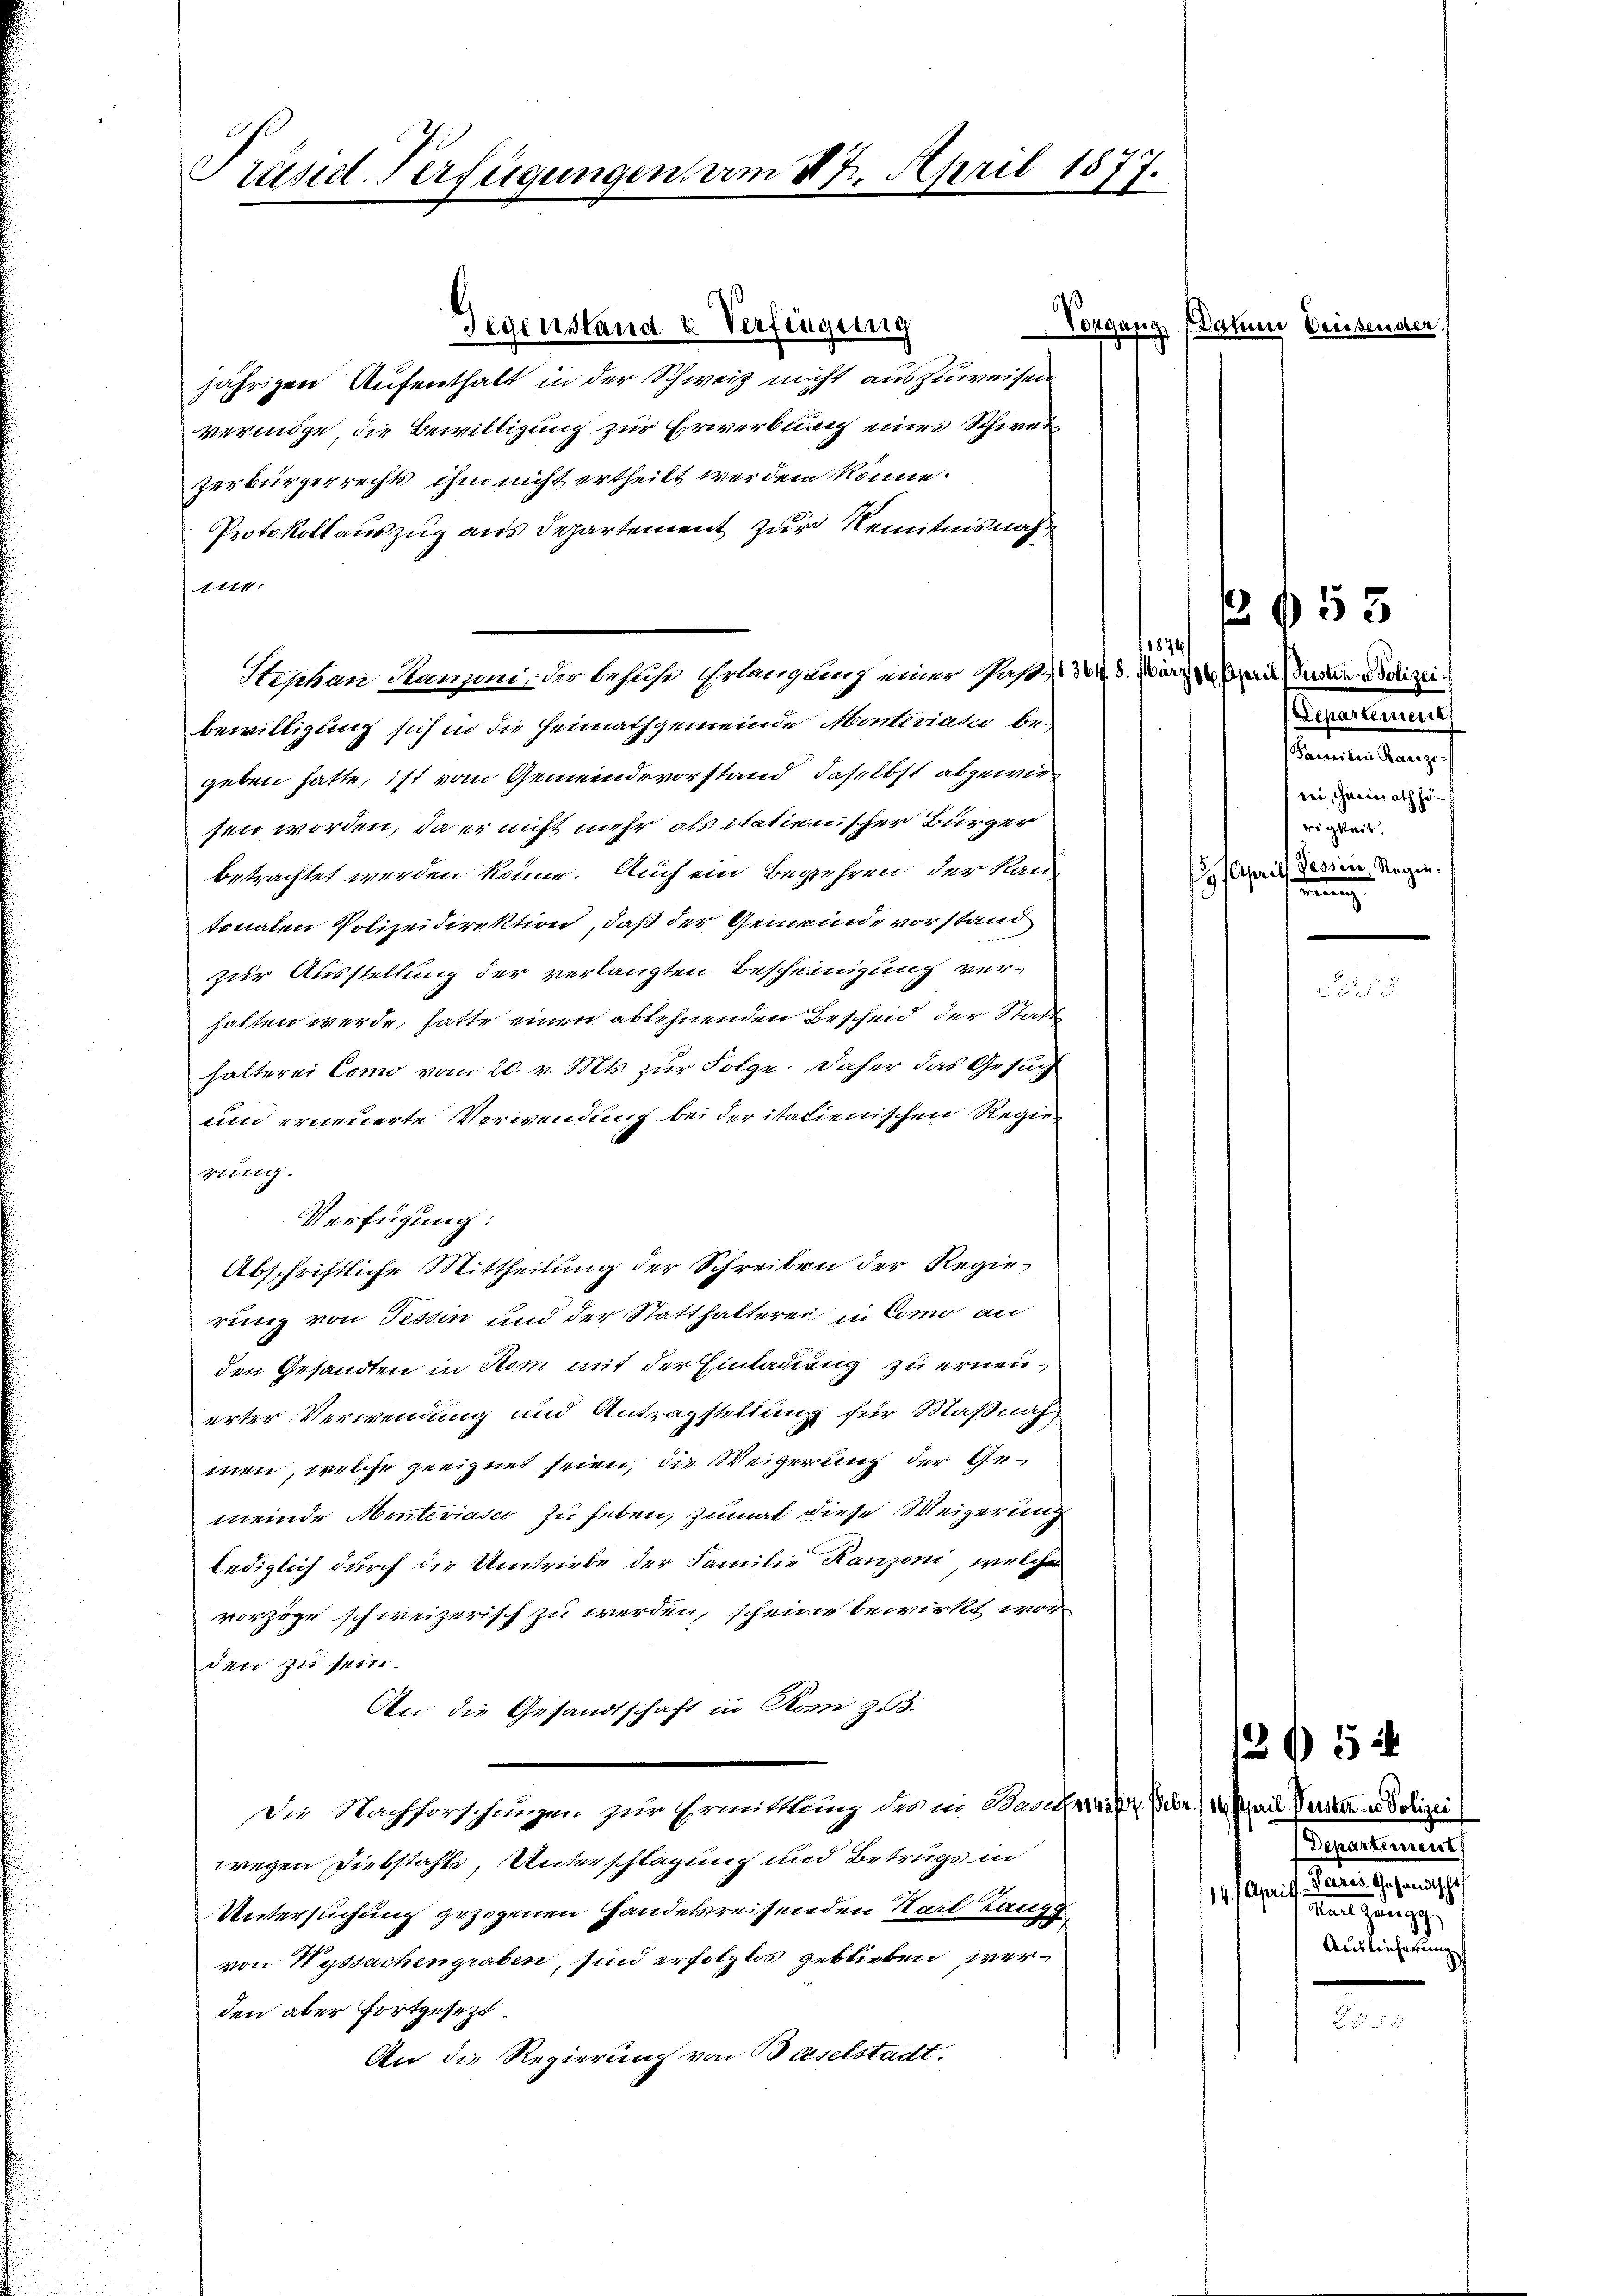
Präsid. Verfügungen am 27. April 187
.

Vergang, s
jährigen Aufenthalt in der Schweiz nicht auszuweisen
vermöge, die Bewilligung zur Erwerbung eines Schweizerbürgerrechts, ihm nicht ertheilt werden könne.
Protokollauszug aus Departement zur Kenntnis nachme.
Stephan Hanzoni, der behufe Erlangung einer Pase, 304. 8. März 18. April, Parten u Polizei
bewilligung sich in die Heimathgemeinde Materiales be-
geben hatte, ist vom Gemeindevorstand, daselbst abgewiesen worden, da er nicht mehr als italienischer Bürger
betrachtet werden könne. Auch ein Begehren der kan
tonalen Polizeidirektion, daß der Gemeinde vorstand
zur Ausstellung der verlangten Bescheinigung verhalten werde, hatte einen ablehnenden Bescheid der Statt
halterei Como vom 20. v. Mts. zur Folge. Daher das Gesuch
und erneuerte Verwendung bei der italienischen Regier
rung.
Abschriftliche Mittheilung der Schreiben der Regierung von Tessin und der Statthalterei in Como an
den Gesandten in Rom mit der Einladung zu erneuerter Verwendung und Antragstellung für Maßnah
men, welche geeignet seien, die Weigerung der Gemeinde Monteviasco zu heben, zumal diese Weigerung
lediglich durch die Umtriebe der Familie Ranzoni, welche
vorzöge schweizerisch zu werden, scheine bewirkt worden zu sein.
An die Gesandtschaft in Rom zu.
Die Nachforschungen zur Ermittlung des in Basel 143 pr. Febr. 10. April Verster es Polizei
wegen Diebstahls, Unterschlagung und Betrugs in
Untersuchung gezogenen Handelsreisenden Karl Lang
von Wyssachengraben, sind erfolglos geblieben werden aber fortgesezt.
An die Regierung von Baselstadt.

Verfügung:

Gegenstand u Verfingung

13 f 55

Dasteren Dreisende

1876/
ssancemen
Saweilen Rarzo-
rei, Heinrath höwigkeit.
 April dessen, Regen.
rung

25

1252
Departement
1 auf einen gegen ges
ahung
Auslieferung